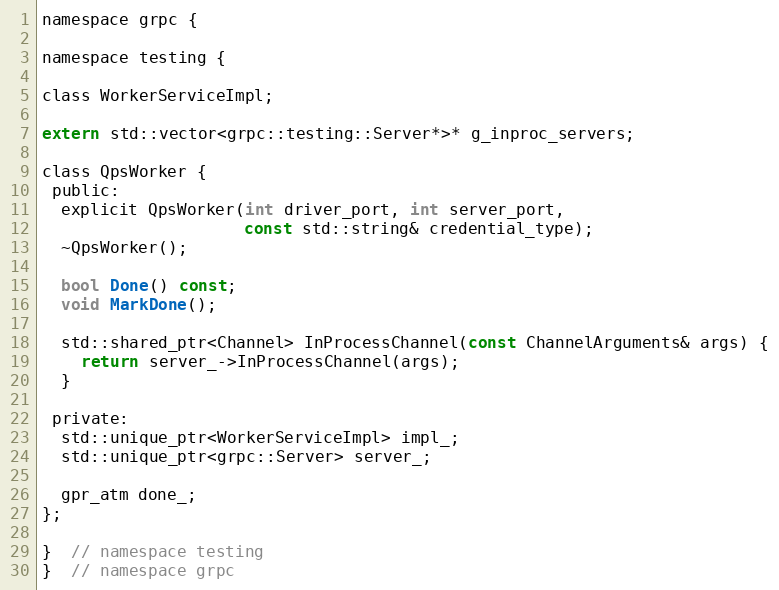
Language: C
namespace grpc {

namespace testing {

class WorkerServiceImpl;

extern std::vector<grpc::testing::Server*>* g_inproc_servers;

class QpsWorker {
 public:
  explicit QpsWorker(int driver_port, int server_port,
                     const std::string& credential_type);
  ~QpsWorker();

  bool Done() const;
  void MarkDone();

  std::shared_ptr<Channel> InProcessChannel(const ChannelArguments& args) {
    return server_->InProcessChannel(args);
  }

 private:
  std::unique_ptr<WorkerServiceImpl> impl_;
  std::unique_ptr<grpc::Server> server_;

  gpr_atm done_;
};

}  // namespace testing
}  // namespace grpc